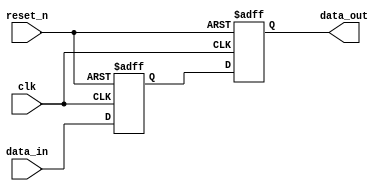
//Legal Notice: (C)2007 Altera Corporation. All rights reserved.  Your
//use of Altera Corporation's design tools, logic functions and other
//software and tools, and its AMPP partner logic functions, and any
//output files any of the foregoing (including device programming or
//simulation files), and any associated documentation or information are
//expressly subject to the terms and conditions of the Altera Program
//License Subscription Agreement or other applicable license agreement,
//including, without limitation, that your use is for the sole purpose
//of programming logic devices manufactured by Altera and sold by Altera
//or its authorized distributors.  Please refer to the applicable
//agreement for further details.

// synthesis translate_off
`timescale 1ns / 1ps
// synthesis translate_on

// turn off superfluous verilog processor warnings 
// altera message_level Level1 
// altera message_off 10034 10035 10036 10037 10230 10240 10030 

module clock_1_master_read_done_sync_module (
                                              // inputs:
                                               clk,
                                               data_in,
                                               reset_n,

                                              // outputs:
                                               data_out
                                            )
;

  output           data_out;
  input            clk;
  input            data_in;
  input            reset_n;

  reg              data_in_d1 /* synthesis ALTERA_ATTRIBUTE = "MAX_DELAY=\"100ns\" ; PRESERVE_REGISTER=ON"  */;
  reg              data_out /* synthesis ALTERA_ATTRIBUTE = "PRESERVE_REGISTER=ON"  */;
  always @(posedge clk or negedge reset_n)
    begin
      if (reset_n == 0)
          data_in_d1 <= 0;
      else if (1)
          data_in_d1 <= data_in;
    end


  always @(posedge clk or negedge reset_n)
    begin
      if (reset_n == 0)
          data_out <= 0;
      else if (1)
          data_out <= data_in_d1;
    end



endmodule



// turn off superfluous verilog processor warnings 
// altera message_level Level1 
// altera message_off 10034 10035 10036 10037 10230 10240 10030 

module clock_1_master_write_done_sync_module (
                                               // inputs:
                                                clk,
                                                data_in,
                                                reset_n,

                                               // outputs:
                                                data_out
                                             )
;

  output           data_out;
  input            clk;
  input            data_in;
  input            reset_n;

  reg              data_in_d1 /* synthesis ALTERA_ATTRIBUTE = "MAX_DELAY=\"100ns\" ; PRESERVE_REGISTER=ON"  */;
  reg              data_out /* synthesis ALTERA_ATTRIBUTE = "PRESERVE_REGISTER=ON"  */;
  always @(posedge clk or negedge reset_n)
    begin
      if (reset_n == 0)
          data_in_d1 <= 0;
      else if (1)
          data_in_d1 <= data_in;
    end


  always @(posedge clk or negedge reset_n)
    begin
      if (reset_n == 0)
          data_out <= 0;
      else if (1)
          data_out <= data_in_d1;
    end



endmodule



// turn off superfluous verilog processor warnings 
// altera message_level Level1 
// altera message_off 10034 10035 10036 10037 10230 10240 10030 

module clock_1_edge_to_pulse (
                               // inputs:
                                clock,
                                data_in,
                                reset_n,

                               // outputs:
                                data_out
                             )
;

  output           data_out;
  input            clock;
  input            data_in;
  input            reset_n;

  reg              data_in_d1;
  wire             data_out;
  always @(posedge clock or negedge reset_n)
    begin
      if (reset_n == 0)
          data_in_d1 <= 0;
      else if (1)
          data_in_d1 <= data_in;
    end


  assign data_out = data_in ^ data_in_d1;

endmodule



// turn off superfluous verilog processor warnings 
// altera message_level Level1 
// altera message_off 10034 10035 10036 10037 10230 10240 10030 

module clock_1_slave_FSM (
                           // inputs:
                            master_read_done_token,
                            master_write_done_token,
                            slave_clk,
                            slave_read,
                            slave_reset_n,
                            slave_write,

                           // outputs:
                            slave_read_request,
                            slave_waitrequest,
                            slave_write_request
                         )
;

  output           slave_read_request;
  output           slave_waitrequest;
  output           slave_write_request;
  input            master_read_done_token;
  input            master_write_done_token;
  input            slave_clk;
  input            slave_read;
  input            slave_reset_n;
  input            slave_write;

  reg              next_slave_read_request;
  reg     [  2: 0] next_slave_state;
  reg              next_slave_write_request;
  reg              slave_read_request;
  reg     [  2: 0] slave_state;
  reg              slave_waitrequest;
  reg              slave_write_request;
  always @(posedge slave_clk or negedge slave_reset_n)
    begin
      if (slave_reset_n == 0)
          slave_read_request <= 0;
      else if (1)
          slave_read_request <= next_slave_read_request;
    end


  always @(posedge slave_clk or negedge slave_reset_n)
    begin
      if (slave_reset_n == 0)
          slave_write_request <= 0;
      else if (1)
          slave_write_request <= next_slave_write_request;
    end


  always @(posedge slave_clk or negedge slave_reset_n)
    begin
      if (slave_reset_n == 0)
          slave_state <= 3'b001;
      else if (1)
          slave_state <= next_slave_state;
    end


  always @(master_read_done_token or master_write_done_token or slave_read or slave_read_request or slave_state or slave_write or slave_write_request)
    begin
      case (slave_state) // synthesis parallel_case
      
          3'b001: begin
              //read request: go from IDLE state to READ_WAIT state
              if (slave_read)
                begin
                  next_slave_state <= 3'b010;
                  slave_waitrequest <= 1;
                  next_slave_read_request <= !slave_read_request;
                  next_slave_write_request <= slave_write_request;
                end
              else if (slave_write)
                begin
                  next_slave_state <= 3'b100;
                  slave_waitrequest <= 1;
                  next_slave_read_request <= slave_read_request;
                  next_slave_write_request <= !slave_write_request;
                end
              else 
                begin
                  next_slave_state <= slave_state;
                  slave_waitrequest <= 0;
                  next_slave_read_request <= slave_read_request;
                  next_slave_write_request <= slave_write_request;
                end
          end // 3'b001 
      
          3'b010: begin
              //stay in READ_WAIT state until master passes read done token
              if (master_read_done_token)
                begin
                  next_slave_state <= 3'b001;
                  slave_waitrequest <= 0;
                end
              else 
                begin
                  next_slave_state <= 3'b010;
                  slave_waitrequest <= 1;
                end
              next_slave_read_request <= slave_read_request;
              next_slave_write_request <= slave_write_request;
          end // 3'b010 
      
          3'b100: begin
              //stay in WRITE_WAIT state until master passes write done token
              if (master_write_done_token)
                begin
                  next_slave_state <= 3'b001;
                  slave_waitrequest <= 0;
                end
              else 
                begin
                  next_slave_state <= 3'b100;
                  slave_waitrequest <= 1;
                end
              next_slave_read_request <= slave_read_request;
              next_slave_write_request <= slave_write_request;
          end // 3'b100 
      
          default: begin
              next_slave_state <= 3'b001;
              slave_waitrequest <= 0;
              next_slave_read_request <= slave_read_request;
              next_slave_write_request <= slave_write_request;
          end // default
      
      endcase // slave_state
    end



endmodule



// turn off superfluous verilog processor warnings 
// altera message_level Level1 
// altera message_off 10034 10035 10036 10037 10230 10240 10030 

module clock_1_slave_read_request_sync_module (
                                                // inputs:
                                                 clk,
                                                 data_in,
                                                 reset_n,

                                                // outputs:
                                                 data_out
                                              )
;

  output           data_out;
  input            clk;
  input            data_in;
  input            reset_n;

  reg              data_in_d1 /* synthesis ALTERA_ATTRIBUTE = "MAX_DELAY=\"100ns\" ; PRESERVE_REGISTER=ON"  */;
  reg              data_out /* synthesis ALTERA_ATTRIBUTE = "PRESERVE_REGISTER=ON"  */;
  always @(posedge clk or negedge reset_n)
    begin
      if (reset_n == 0)
          data_in_d1 <= 0;
      else if (1)
          data_in_d1 <= data_in;
    end


  always @(posedge clk or negedge reset_n)
    begin
      if (reset_n == 0)
          data_out <= 0;
      else if (1)
          data_out <= data_in_d1;
    end



endmodule



// turn off superfluous verilog processor warnings 
// altera message_level Level1 
// altera message_off 10034 10035 10036 10037 10230 10240 10030 

module clock_1_slave_write_request_sync_module (
                                                 // inputs:
                                                  clk,
                                                  data_in,
                                                  reset_n,

                                                 // outputs:
                                                  data_out
                                               )
;

  output           data_out;
  input            clk;
  input            data_in;
  input            reset_n;

  reg              data_in_d1 /* synthesis ALTERA_ATTRIBUTE = "MAX_DELAY=\"100ns\" ; PRESERVE_REGISTER=ON"  */;
  reg              data_out /* synthesis ALTERA_ATTRIBUTE = "PRESERVE_REGISTER=ON"  */;
  always @(posedge clk or negedge reset_n)
    begin
      if (reset_n == 0)
          data_in_d1 <= 0;
      else if (1)
          data_in_d1 <= data_in;
    end


  always @(posedge clk or negedge reset_n)
    begin
      if (reset_n == 0)
          data_out <= 0;
      else if (1)
          data_out <= data_in_d1;
    end



endmodule



// turn off superfluous verilog processor warnings 
// altera message_level Level1 
// altera message_off 10034 10035 10036 10037 10230 10240 10030 

module clock_1_master_FSM (
                            // inputs:
                             master_clk,
                             master_reset_n,
                             master_waitrequest,
                             slave_read_request_token,
                             slave_write_request_token,

                            // outputs:
                             master_read,
                             master_read_done,
                             master_write,
                             master_write_done
                          )
;

  output           master_read;
  output           master_read_done;
  output           master_write;
  output           master_write_done;
  input            master_clk;
  input            master_reset_n;
  input            master_waitrequest;
  input            slave_read_request_token;
  input            slave_write_request_token;

  reg              master_read;
  reg              master_read_done;
  reg     [  2: 0] master_state;
  reg              master_write;
  reg              master_write_done;
  reg              next_master_read;
  reg              next_master_read_done;
  reg     [  2: 0] next_master_state;
  reg              next_master_write;
  reg              next_master_write_done;
  always @(posedge master_clk or negedge master_reset_n)
    begin
      if (master_reset_n == 0)
          master_read_done <= 0;
      else if (1)
          master_read_done <= next_master_read_done;
    end


  always @(posedge master_clk or negedge master_reset_n)
    begin
      if (master_reset_n == 0)
          master_write_done <= 0;
      else if (1)
          master_write_done <= next_master_write_done;
    end


  always @(posedge master_clk or negedge master_reset_n)
    begin
      if (master_reset_n == 0)
          master_read <= 0;
      else if (1)
          master_read <= next_master_read;
    end


  always @(posedge master_clk or negedge master_reset_n)
    begin
      if (master_reset_n == 0)
          master_write <= 0;
      else if (1)
          master_write <= next_master_write;
    end


  always @(posedge master_clk or negedge master_reset_n)
    begin
      if (master_reset_n == 0)
          master_state <= 3'b001;
      else if (1)
          master_state <= next_master_state;
    end


  always @(master_read or master_read_done or master_state or master_waitrequest or master_write or master_write_done or slave_read_request_token or slave_write_request_token)
    begin
      case (master_state) // synthesis parallel_case
      
          3'b001: begin
              //if read request token from slave then goto READ_WAIT state
              if (slave_read_request_token)
                begin
                  next_master_state <= 3'b010;
                  next_master_read <= 1;
                  next_master_write <= 0;
                end
              else if (slave_write_request_token)
                begin
                  next_master_state <= 3'b100;
                  next_master_read <= 0;
                  next_master_write <= 1;
                end
              else 
                begin
                  next_master_state <= master_state;
                  next_master_read <= 0;
                  next_master_write <= 0;
                end
              next_master_read_done <= master_read_done;
              next_master_write_done <= master_write_done;
          end // 3'b001 
      
          3'b010: begin
              //stay in READ_WAIT state until master wait is deasserted
              if (!master_waitrequest)
                begin
                  next_master_state <= 3'b001;
                  next_master_read_done <= !master_read_done;
                  next_master_read <= 0;
                end
              else 
                begin
                  next_master_state <= 3'b010;
                  next_master_read_done <= master_read_done;
                  next_master_read <= master_read;
                end
              next_master_write_done <= master_write_done;
              next_master_write <= 0;
          end // 3'b010 
      
          3'b100: begin
              //stay in WRITE_WAIT state until slave wait is deasserted
              if (!master_waitrequest)
                begin
                  next_master_state <= 3'b001;
                  next_master_write <= 0;
                  next_master_write_done <= !master_write_done;
                end
              else 
                begin
                  next_master_state <= 3'b100;
                  next_master_write <= master_write;
                  next_master_write_done <= master_write_done;
                end
              next_master_read_done <= master_read_done;
              next_master_read <= 0;
          end // 3'b100 
      
          default: begin
              next_master_state <= 3'b001;
              next_master_write <= 0;
              next_master_write_done <= master_write_done;
              next_master_read <= 0;
              next_master_read_done <= master_read_done;
          end // default
      
      endcase // master_state
    end



endmodule



// turn off superfluous verilog processor warnings 
// altera message_level Level1 
// altera message_off 10034 10035 10036 10037 10230 10240 10030 

module clock_1_bit_pipe (
                          // inputs:
                           clk1,
                           clk2,
                           data_in,
                           reset_clk1_n,
                           reset_clk2_n,

                          // outputs:
                           data_out
                        )
;

  output           data_out;
  input            clk1;
  input            clk2;
  input            data_in;
  input            reset_clk1_n;
  input            reset_clk2_n;

  reg              data_in_d1 /* synthesis ALTERA_ATTRIBUTE = "{-to \"*\"} CUT=ON ; PRESERVE_REGISTER=ON"  */;
  reg              data_out /* synthesis ALTERA_ATTRIBUTE = "PRESERVE_REGISTER=ON"  */;
  always @(posedge clk1 or negedge reset_clk1_n)
    begin
      if (reset_clk1_n == 0)
          data_in_d1 <= 0;
      else if (1)
          data_in_d1 <= data_in;
    end


  always @(posedge clk2 or negedge reset_clk2_n)
    begin
      if (reset_clk2_n == 0)
          data_out <= 0;
      else if (1)
          data_out <= data_in_d1;
    end



endmodule



// turn off superfluous verilog processor warnings 
// altera message_level Level1 
// altera message_off 10034 10035 10036 10037 10230 10240 10030 

//Clock Domain Crossing Adapterclock_1


module clock_1 (
                 // inputs:
                  master_clk,
                  master_endofpacket,
                  master_readdata,
                  master_reset_n,
                  master_waitrequest,
                  slave_address,
                  slave_byteenable,
                  slave_clk,
                  slave_nativeaddress,
                  slave_read,
                  slave_reset_n,
                  slave_write,
                  slave_writedata,

                 // outputs:
                  master_address,
                  master_byteenable,
                  master_nativeaddress,
                  master_read,
                  master_write,
                  master_writedata,
                  slave_endofpacket,
                  slave_readdata,
                  slave_waitrequest
               )
;

  output  [ 22: 0] master_address;
  output  [  1: 0] master_byteenable;
  output  [ 21: 0] master_nativeaddress;
  output           master_read;
  output           master_write;
  output  [ 15: 0] master_writedata;
  output           slave_endofpacket;
  output  [ 15: 0] slave_readdata;
  output           slave_waitrequest;
  input            master_clk;
  input            master_endofpacket;
  input   [ 15: 0] master_readdata;
  input            master_reset_n;
  input            master_waitrequest;
  input   [ 22: 0] slave_address;
  input   [  1: 0] slave_byteenable;
  input            slave_clk;
  input   [ 21: 0] slave_nativeaddress;
  input            slave_read;
  input            slave_reset_n;
  input            slave_write;
  input   [ 15: 0] slave_writedata;

  reg     [ 22: 0] master_address /* synthesis ALTERA_ATTRIBUTE = "PRESERVE_REGISTER=ON"  */;
  reg     [  1: 0] master_byteenable /* synthesis ALTERA_ATTRIBUTE = "PRESERVE_REGISTER=ON"  */;
  reg     [ 21: 0] master_nativeaddress /* synthesis ALTERA_ATTRIBUTE = "PRESERVE_REGISTER=ON"  */;
  wire             master_read;
  wire             master_read_done;
  wire             master_read_done_sync;
  wire             master_read_done_token;
  wire             master_write;
  wire             master_write_done;
  wire             master_write_done_sync;
  wire             master_write_done_token;
  reg     [ 15: 0] master_writedata /* synthesis ALTERA_ATTRIBUTE = "PRESERVE_REGISTER=ON"  */;
  reg     [ 22: 0] slave_address_d1 /* synthesis ALTERA_ATTRIBUTE = "{-to \"*\"} CUT=ON ; PRESERVE_REGISTER=ON"  */;
  reg     [  1: 0] slave_byteenable_d1 /* synthesis ALTERA_ATTRIBUTE = "{-to \"*\"} CUT=ON ; PRESERVE_REGISTER=ON"  */;
  wire             slave_endofpacket;
  reg     [ 21: 0] slave_nativeaddress_d1 /* synthesis ALTERA_ATTRIBUTE = "{-to \"*\"} CUT=ON ; PRESERVE_REGISTER=ON"  */;
  wire             slave_read_request;
  wire             slave_read_request_sync;
  wire             slave_read_request_token;
  reg     [ 15: 0] slave_readdata /* synthesis ALTERA_ATTRIBUTE = "{-from \"*\"} CUT=ON"  */;
  reg     [ 15: 0] slave_readdata_p1;
  wire             slave_waitrequest;
  wire             slave_write_request;
  wire             slave_write_request_sync;
  wire             slave_write_request_token;
  reg     [ 15: 0] slave_writedata_d1 /* synthesis ALTERA_ATTRIBUTE = "{-to \"*\"} CUT=ON ; PRESERVE_REGISTER=ON"  */;
  //in, which is an e_avalon_slave
  //out, which is an e_avalon_master
  //clock_1_master_read_done_sync, which is an e_synchronizer
  clock_1_master_read_done_sync_module clock_1_master_read_done_sync
    (
      .clk      (slave_clk),
      .data_in  (master_read_done),
      .data_out (master_read_done_sync),
      .reset_n  (slave_reset_n)
    );

  //clock_1_master_write_done_sync, which is an e_synchronizer
  clock_1_master_write_done_sync_module clock_1_master_write_done_sync
    (
      .clk      (slave_clk),
      .data_in  (master_write_done),
      .data_out (master_write_done_sync),
      .reset_n  (slave_reset_n)
    );

  //read_done_edge_to_pulse, which is an e_instance
  clock_1_edge_to_pulse read_done_edge_to_pulse
    (
      .clock    (slave_clk),
      .data_in  (master_read_done_sync),
      .data_out (master_read_done_token),
      .reset_n  (slave_reset_n)
    );

  //write_done_edge_to_pulse, which is an e_instance
  clock_1_edge_to_pulse write_done_edge_to_pulse
    (
      .clock    (slave_clk),
      .data_in  (master_write_done_sync),
      .data_out (master_write_done_token),
      .reset_n  (slave_reset_n)
    );

  //slave_FSM, which is an e_instance
  clock_1_slave_FSM slave_FSM
    (
      .master_read_done_token  (master_read_done_token),
      .master_write_done_token (master_write_done_token),
      .slave_clk               (slave_clk),
      .slave_read              (slave_read),
      .slave_read_request      (slave_read_request),
      .slave_reset_n           (slave_reset_n),
      .slave_waitrequest       (slave_waitrequest),
      .slave_write             (slave_write),
      .slave_write_request     (slave_write_request)
    );

  //clock_1_slave_read_request_sync, which is an e_synchronizer
  clock_1_slave_read_request_sync_module clock_1_slave_read_request_sync
    (
      .clk      (master_clk),
      .data_in  (slave_read_request),
      .data_out (slave_read_request_sync),
      .reset_n  (master_reset_n)
    );

  //clock_1_slave_write_request_sync, which is an e_synchronizer
  clock_1_slave_write_request_sync_module clock_1_slave_write_request_sync
    (
      .clk      (master_clk),
      .data_in  (slave_write_request),
      .data_out (slave_write_request_sync),
      .reset_n  (master_reset_n)
    );

  //read_request_edge_to_pulse, which is an e_instance
  clock_1_edge_to_pulse read_request_edge_to_pulse
    (
      .clock    (master_clk),
      .data_in  (slave_read_request_sync),
      .data_out (slave_read_request_token),
      .reset_n  (master_reset_n)
    );

  //write_request_edge_to_pulse, which is an e_instance
  clock_1_edge_to_pulse write_request_edge_to_pulse
    (
      .clock    (master_clk),
      .data_in  (slave_write_request_sync),
      .data_out (slave_write_request_token),
      .reset_n  (master_reset_n)
    );

  //master_FSM, which is an e_instance
  clock_1_master_FSM master_FSM
    (
      .master_clk                (master_clk),
      .master_read               (master_read),
      .master_read_done          (master_read_done),
      .master_reset_n            (master_reset_n),
      .master_waitrequest        (master_waitrequest),
      .master_write              (master_write),
      .master_write_done         (master_write_done),
      .slave_read_request_token  (slave_read_request_token),
      .slave_write_request_token (slave_write_request_token)
    );

  //endofpacket_bit_pipe, which is an e_instance
  clock_1_bit_pipe endofpacket_bit_pipe
    (
      .clk1         (slave_clk),
      .clk2         (master_clk),
      .data_in      (master_endofpacket),
      .data_out     (slave_endofpacket),
      .reset_clk1_n (slave_reset_n),
      .reset_clk2_n (master_reset_n)
    );

  always @(posedge master_clk or negedge master_reset_n)
    begin
      if (master_reset_n == 0)
          slave_readdata_p1 <= 0;
      else if (master_read & ~master_waitrequest)
          slave_readdata_p1 <= master_readdata;
    end


  always @(posedge slave_clk or negedge slave_reset_n)
    begin
      if (slave_reset_n == 0)
          slave_readdata <= 0;
      else if (1)
          slave_readdata <= slave_readdata_p1;
    end


  always @(posedge slave_clk or negedge slave_reset_n)
    begin
      if (slave_reset_n == 0)
          slave_writedata_d1 <= 0;
      else if (1)
          slave_writedata_d1 <= slave_writedata;
    end


  always @(posedge master_clk or negedge master_reset_n)
    begin
      if (master_reset_n == 0)
          master_writedata <= 0;
      else if (1)
          master_writedata <= slave_writedata_d1;
    end


  always @(posedge slave_clk or negedge slave_reset_n)
    begin
      if (slave_reset_n == 0)
          slave_address_d1 <= 0;
      else if (1)
          slave_address_d1 <= slave_address;
    end


  always @(posedge master_clk or negedge master_reset_n)
    begin
      if (master_reset_n == 0)
          master_address <= 0;
      else if (1)
          master_address <= slave_address_d1;
    end


  always @(posedge slave_clk or negedge slave_reset_n)
    begin
      if (slave_reset_n == 0)
          slave_nativeaddress_d1 <= 0;
      else if (1)
          slave_nativeaddress_d1 <= slave_nativeaddress;
    end


  always @(posedge master_clk or negedge master_reset_n)
    begin
      if (master_reset_n == 0)
          master_nativeaddress <= 0;
      else if (1)
          master_nativeaddress <= slave_nativeaddress_d1;
    end


  always @(posedge slave_clk or negedge slave_reset_n)
    begin
      if (slave_reset_n == 0)
          slave_byteenable_d1 <= 0;
      else if (1)
          slave_byteenable_d1 <= slave_byteenable;
    end


  always @(posedge master_clk or negedge master_reset_n)
    begin
      if (master_reset_n == 0)
          master_byteenable <= 0;
      else if (1)
          master_byteenable <= slave_byteenable_d1;
    end



endmodule